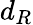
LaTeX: d_{R}